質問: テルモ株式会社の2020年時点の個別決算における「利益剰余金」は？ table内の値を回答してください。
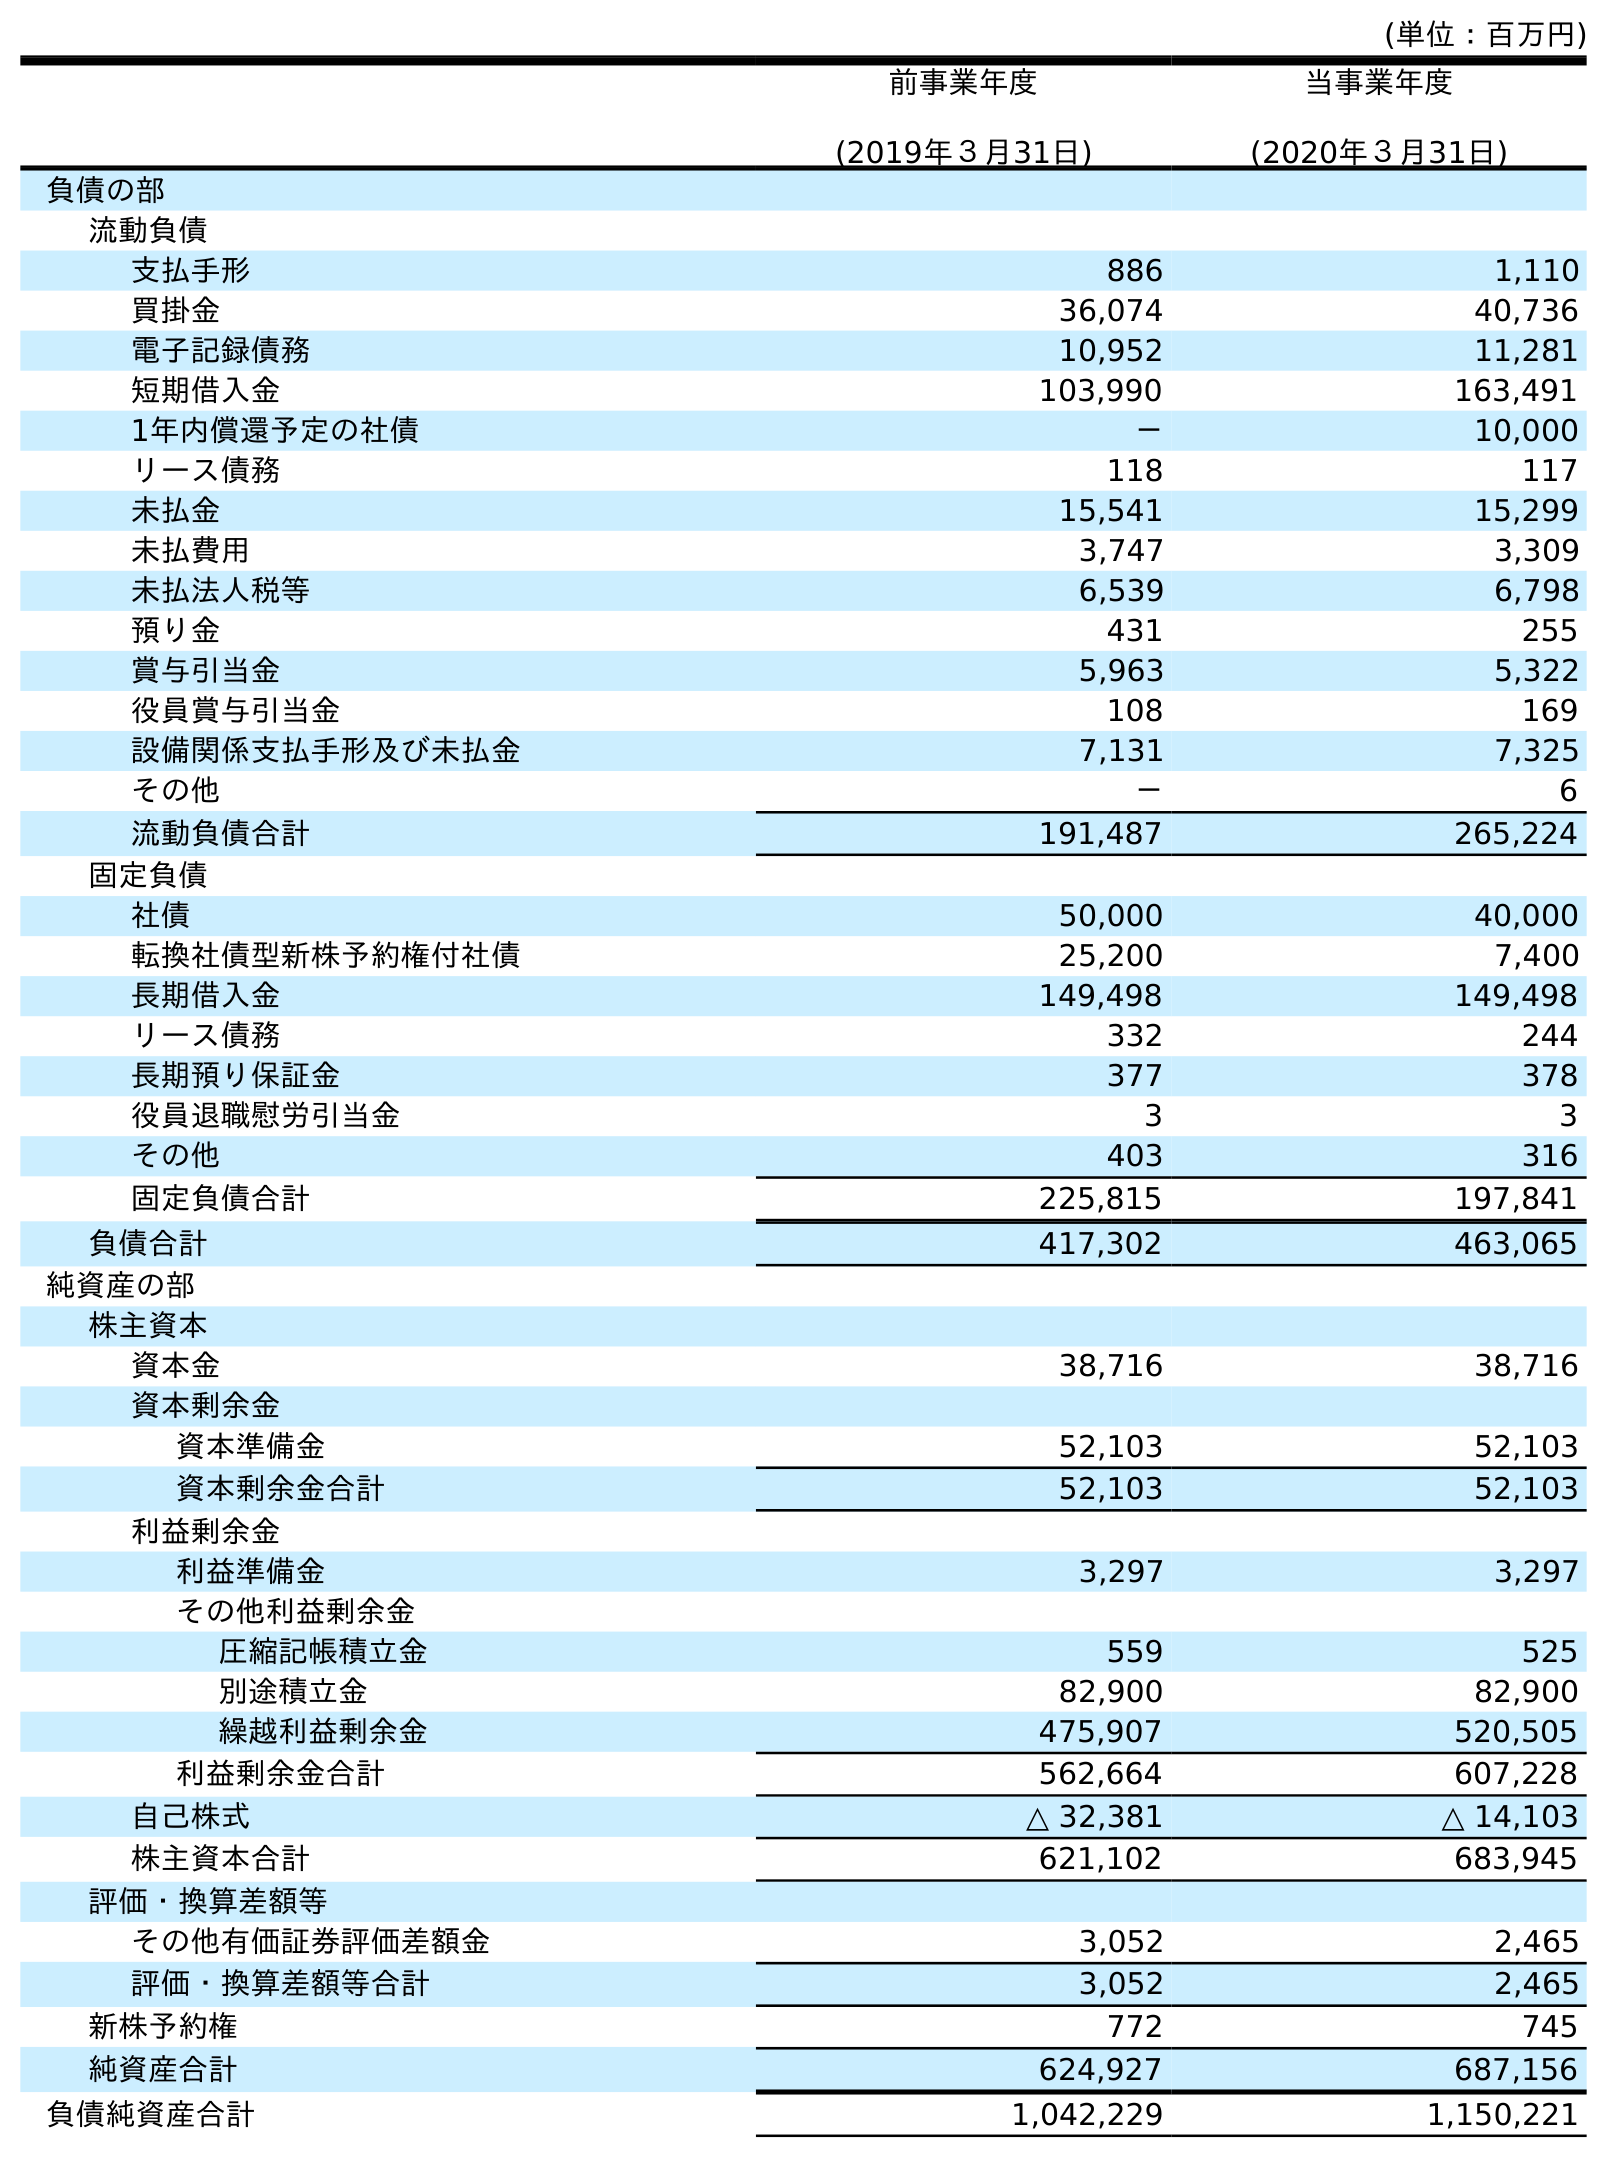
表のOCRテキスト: (単位：百万円) 前事業年度 (2019年３月31日) 当事業年度 (2020年３月31日) 負債の部 流動負債 支払手形 886 1,110 買掛金 36,074 40,736 電子記録債務 10,952 11,281 短期借入金 103,990 163,491 1年内償還予定の社債 － 10,000 リース債務 118 117 未払金 15,541 15,299 未払費用 3,747 3,309 未払法人税等 6,539 6,798 預り金 431 255 賞与引当金 5,963 5,322 役員賞与引当金 108 169 設備関係支払手形及び未払金 7,131 7,325 その他 － 6 流動負債合計 191,487 265,224 固定負債 社債 50,000 40,000 転換社債型新株予約権付社債 25,200 7,400 長期借入金 149,498 149,498 リース債務 332 244 長期預り保証金 377 378 役員退職慰労引当金 3 3 その他 403 316 固定負債合計 225,815 197,841 負債合計 417,302 463,065 純資産の部 株主資本 資本金 38,716 38,716 資本剰余金 資本準備金 52,103 52,103 資本剰余金合計 52,103 52,103 利益剰余金 利益準備金 3,297 3,297 その他利益剰余金 圧縮記帳積立金 559 525 別途積立金 82,900 82,900 繰越利益剰余金 475,907 520,505 利益剰余金合計 562,664 607,228 自己株式 △ 32,381 △ 14,103 株主資本合計 621,102 683,945 評価・換算差額等 その他有価証券評価差額金 3,052 2,465 評価・換算差額等合計 3,052 2,465 新株予約権 772 745 純資産合計 624,927 687,156 負債純資産合計 1,042,229 1,150,221
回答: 607,228